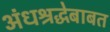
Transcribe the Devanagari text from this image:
अंधश्रद्धेबाबत